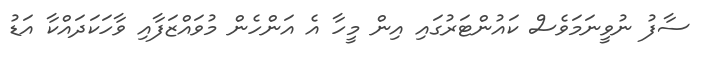
ސާފު ނުވީނަމަވެސް ކައުންޓަރުގައި އިން މީހާ އެ އަންހެން މުވައްޒަފާއި ވާހަކަދައްކާ އަޑު